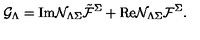
{ \cal G } _ { \Lambda } = \mathrm { I m } { \cal N } _ { \Lambda \Sigma } { \tilde { \cal F } } ^ { \Sigma } + \mathrm { R e } { \cal N } _ { \Lambda \Sigma } { \cal F } ^ { \Sigma } .